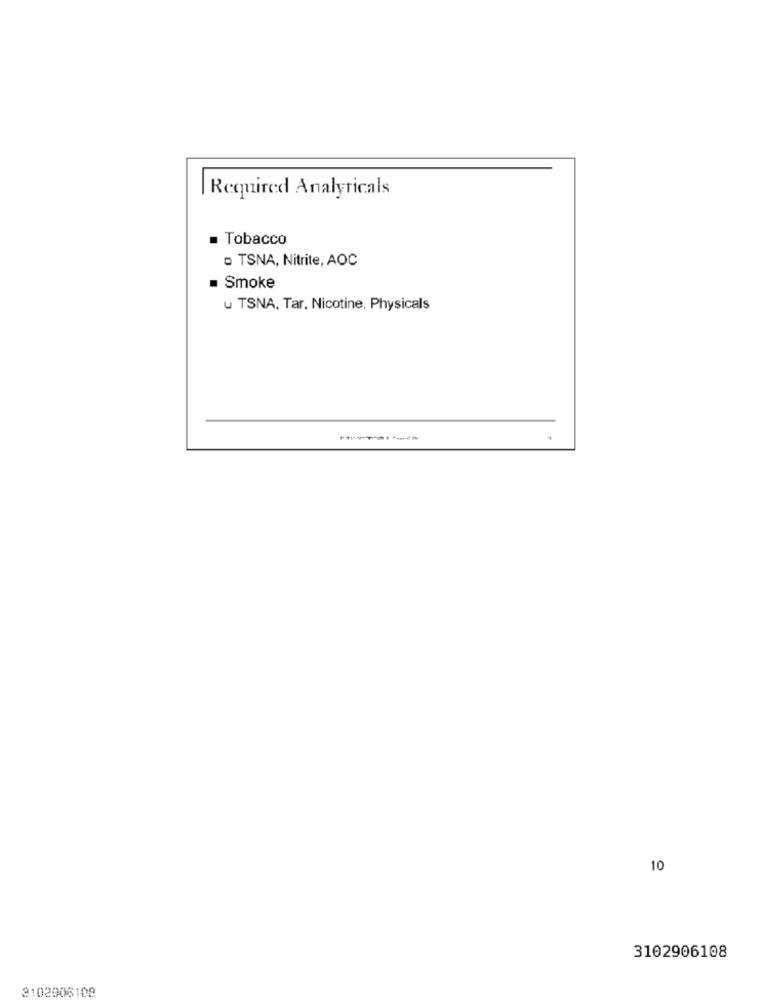
Required Analyricals
= Tobacco
· TSNA, Nitrite, AOC
= Smoke
u TSNA, Tar, Nicotine, Physicals
10
3102906108
3102906108